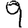
Digit: 9